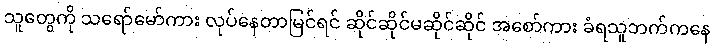
သူတွေကို သရော်မော်ကား လုပ်နေတာမြင်ရင် ဆိုင်ဆိုင်မဆိုင်ဆိုင် အစော်ကား ခံရသူဘက်ကနေ